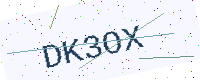
Text: DK3OX